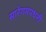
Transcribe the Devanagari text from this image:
सारेगमपधनी